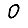
Digit: 0